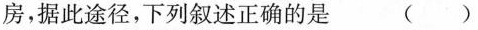
房，据此途径，下列叙述正确的是 ()